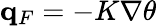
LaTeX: \mathbf{q}_{F}=-K\nabla\theta